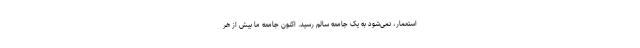
استعمار، نمی‌شود به یک جامعه‌ سالم رسید. اکنون جامعه‌ ما بیش از هر